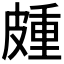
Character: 𭽰